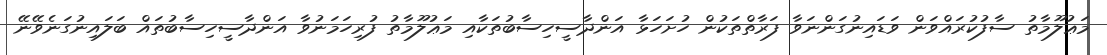
މަޢުލޫމާތު ސާފުކުރައްވަން ވަޑައިނުގަންނަވާ ފަރާތްތަކުން ހުށަހަޅާ އަންދާސީހިސާބުތަކާއި މަޢުލޫމާތު ފުރިހަމަނުވާ އަންދާސީހިސާބުތައް ބަލައިނުގަނެވޭނޭ